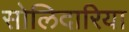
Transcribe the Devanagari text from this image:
सोलिदारिया